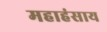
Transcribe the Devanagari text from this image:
महाहंसाय